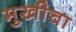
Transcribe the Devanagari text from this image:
मुखीचा